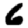
Digit: 6